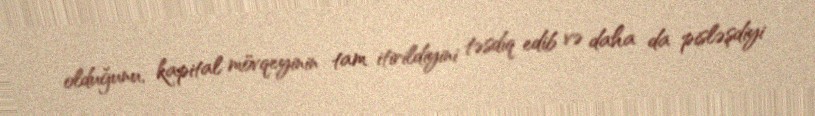
olduğunu, kapital mövqeyinin tam itirildiyini təsdiq edib və daha da pisləşdiyi